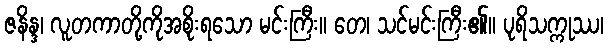
ဇနိန္ဒ၊ လူတကာတို့ကိုအစိုးရသော မင်းကြီး။ တေ၊ သင်မင်းကြီး၏။ ပုရိသက္ကုဿ၊